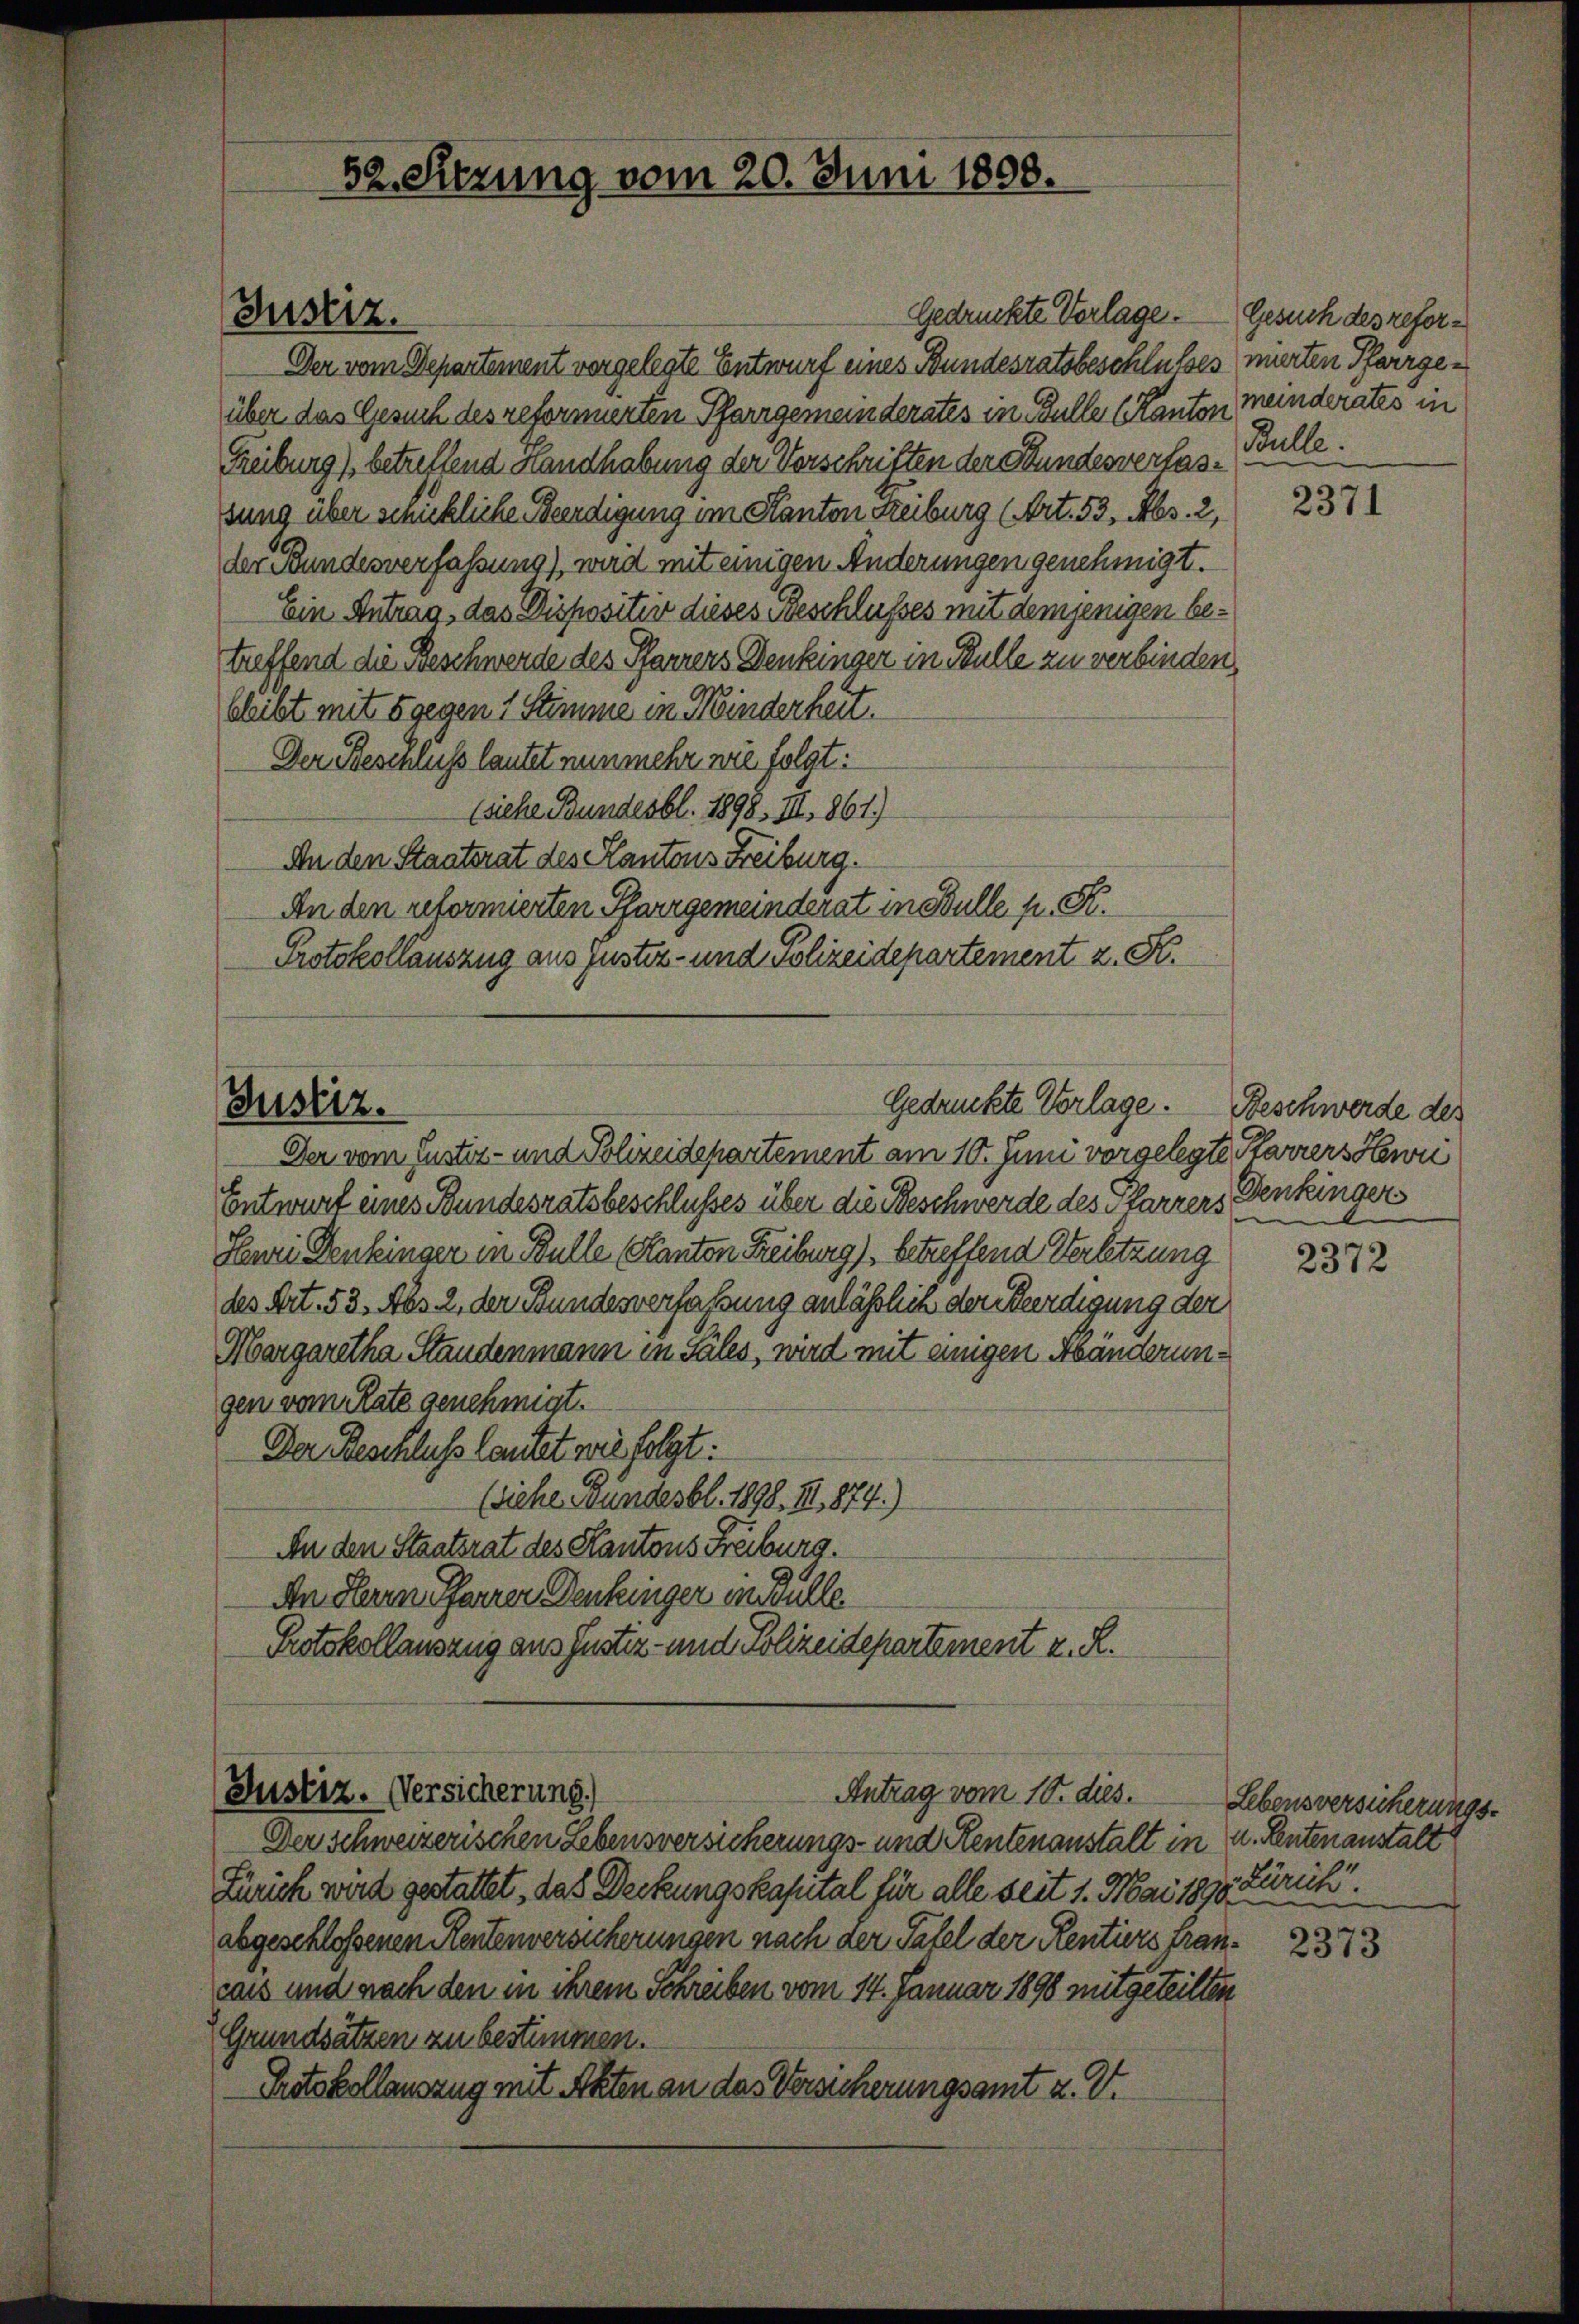
Justiz.

52. Sitzung vom 20. Juni 1898.

Gedrückte Verlage.
Der vom Departement vorgelegte Entwurf eines Bundesratsbeschlusses mirten Pfarrgeüber das Gesuch des reformierten Pfarrgemeinderates in Bulle (Kanton meinderates in
Freiburg), betreffend Handhabung der Vorschriften der Stundesverfassung über schickliche Beendigung im Kanton Freiburg (Art. 53, Abs. 2,
der Bundesverfassung), wird mit einigen Änderungen genehmigt.
Ein Antrag, das Dispositiv dieses Beschlußes mit demjenigen betreffend die Beschwerde des Pfarrers Denkinger in Bulle zu verbinden,
bleibt mit 5 gegen 1 Stimme in Minderheit.
Der Beschluss lautet nunmehr wie folgt:
Eiche Bundesbl. 1898. III. 861.)
An den Staaterat des Kantons Freiburg.
An den reformierten Pfarrgemeinderat in Bulle p. K.
Protokollauszug aus Justiz- und Polizeidepartement z. B.

Gedruckte Vorlage. Beschwerde des
Justiz.

Antrag vom 10. dies.
(Justiz. Versicherung.)

Der vom Justiz- und Polizeidepartement am 10. Juni vorgelegte Starrers Henri
Entwurf eines Bundesratsbeschlusses über die Beschwerde des Pfarrers Denkinger
Huri Denkinger in Bulle, Kanton Reiburg), betreffend Verletzung
des Art. 53. Abs. 2, der Bundesverfassung anläßlich der Beerdigung der
Margaretha Standenmann in Sales, wird mit einigen Abänderungen vom Rate genehmigt.
Der Beschluß lautet wie folgt:
(siehe Bundesbl. 1898. II, 874.)
An den Staatsrat des Kantons Freiburg.
An Herrn Pfarrer Denkinger in Bulle.
Protokollauszug aus Justiz- und Polizeidepartement v. R.

Der schweizerischen Lebensversicherungs- und Rentenanstalt in u. Leutenanstalt
Zürich wird gestattet, das Deckungskapital für alle seit 1. Mai 1890 Zürich
abgeschlossenen Rentenversicherungen nach der Tafel der Rentiers francans und nach den in ihrem Schreiben vom 14. Januar 1898 mitgeteilten
Grundsätzen zu bestimmen.
Protokollauszug mit Akten an das Versicherungsamt u. V.

Gesuch des refor¬
Bulle.

2371

2372

Lebensversicherungs¬

2373